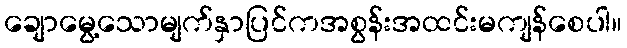
ချောမွေ့သောမျက်နှာပြင်ကအစွန်းအထင်းမကျန်စေပါ။